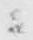
ニ